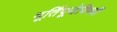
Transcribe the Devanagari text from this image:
मूर्तिपूजेविषयी